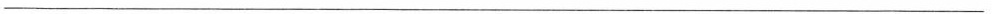
___